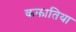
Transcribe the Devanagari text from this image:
ककातिया